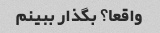
واقعا؟ بگذار ببینم